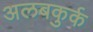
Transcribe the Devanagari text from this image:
अलबकुर्क